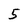
Character: 5